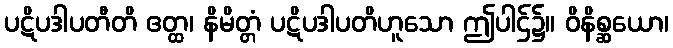
ပဋိပဒါပတီတိ ဧတ္ထ၊ နိမိတ္တံ ပဋိပဒါပတိဟူသော ဤပါဌ်၌။ ဝိနိစ္ဆယော၊